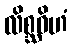
လိစ္ဆဝိဟံ